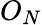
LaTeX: O_{N}